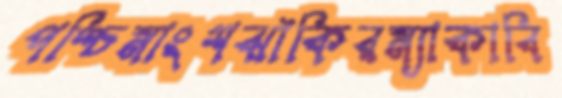
পশ্চিমাংশঝাঁকিরম্যাকাবি